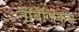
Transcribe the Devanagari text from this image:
नॉर्वेजिकस